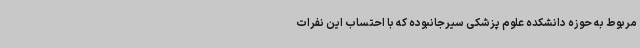
مربوط به حوزه دانشکده علوم پزشکی سیرجانبوده که با احتساب این نفرات